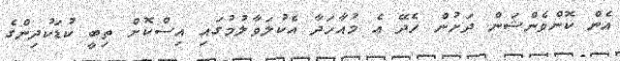
އެން ކޮންވެންޝަން ދަށުން ހެދޭ އެ މުއާހަދާ އެކުލަވާލުމުގައި އިސްކޮށް ތިބީ ކުޑަކުދިންގެ